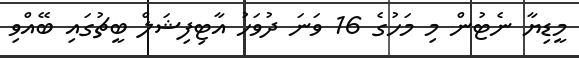
މީޑިޔާ ނެޓުން މި މަހުގެ 16 ވަނަ ދުވަހު އާޓިފިޝަލް ބީޗުގައި ބޭއްވި